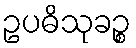
ဥပဓိသုခဉ္စ